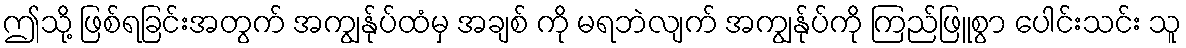
ဤသို့ ဖြစ်ရခြင်းအတွက် အကျွန်ုပ်ထံမှ အချစ် ကို မရဘဲလျက် အကျွန်ုပ်ကို ကြည်ဖြူစွာ ပေါင်းသင်း သူ